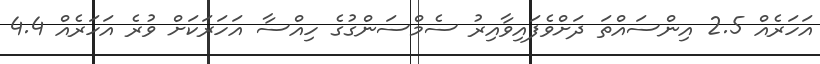
އަހަރެއް 2.5 އިންސައްތަ ދަށްވެފައިވާއިރު ސެމްސަންގުގެ ހިއްސާ އަހަރަކަށް ވުރެ އަހަރެއް 4.4